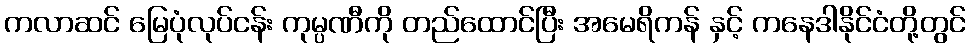
ကလာဆင် မြေပုံလုပ်ငန်း ကုမ္ပဏီကို တည်ထောင်ပြီး အမေရိကန် နှင့် ကနေဒါနိုင်ငံတို့တွင်